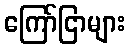
ကြော်ငြာများ